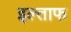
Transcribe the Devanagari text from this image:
इल्ताफ